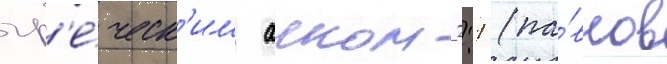
гр'е́ческ'им аеком 2:1 (па́влов